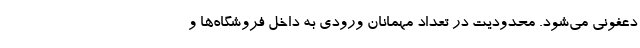
دعفونی می‌شود. محدودیت در تعداد مهمانان ورودی به داخل فروشگاه‌ها و